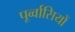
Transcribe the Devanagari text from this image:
पूर्व्वासियों